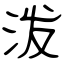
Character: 泼